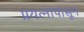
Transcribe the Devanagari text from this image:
प्रयत्‍नापासून